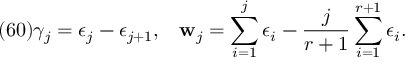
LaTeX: ( 6 0 ) \gamma _ { j } = \epsilon _ { j } - \epsilon _ { j + 1 } , \; \; \; { \bf w } _ { j } = \sum _ { i = 1 } ^ { j } \epsilon _ { i } - \frac { j } { r + 1 } \sum _ { i = 1 } ^ { r + 1 } \epsilon _ { i } .